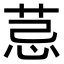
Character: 𦮼